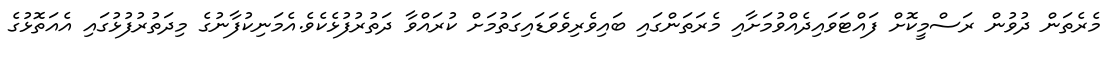
މެރެތަން ދުވުން ރަސްމީކޮށް ފައްޓަވައިދެއްވުމަށާއި މެރަތަންގައި ބައިވެރިވެވަޑައިގަތުމަށް ކުރައްވާ ދަތުރުފުޅެކެވެ.އެމަނިކުފާނުގެ މިދަތުރުފުޅުގައި އެއަތޮޅުގެ